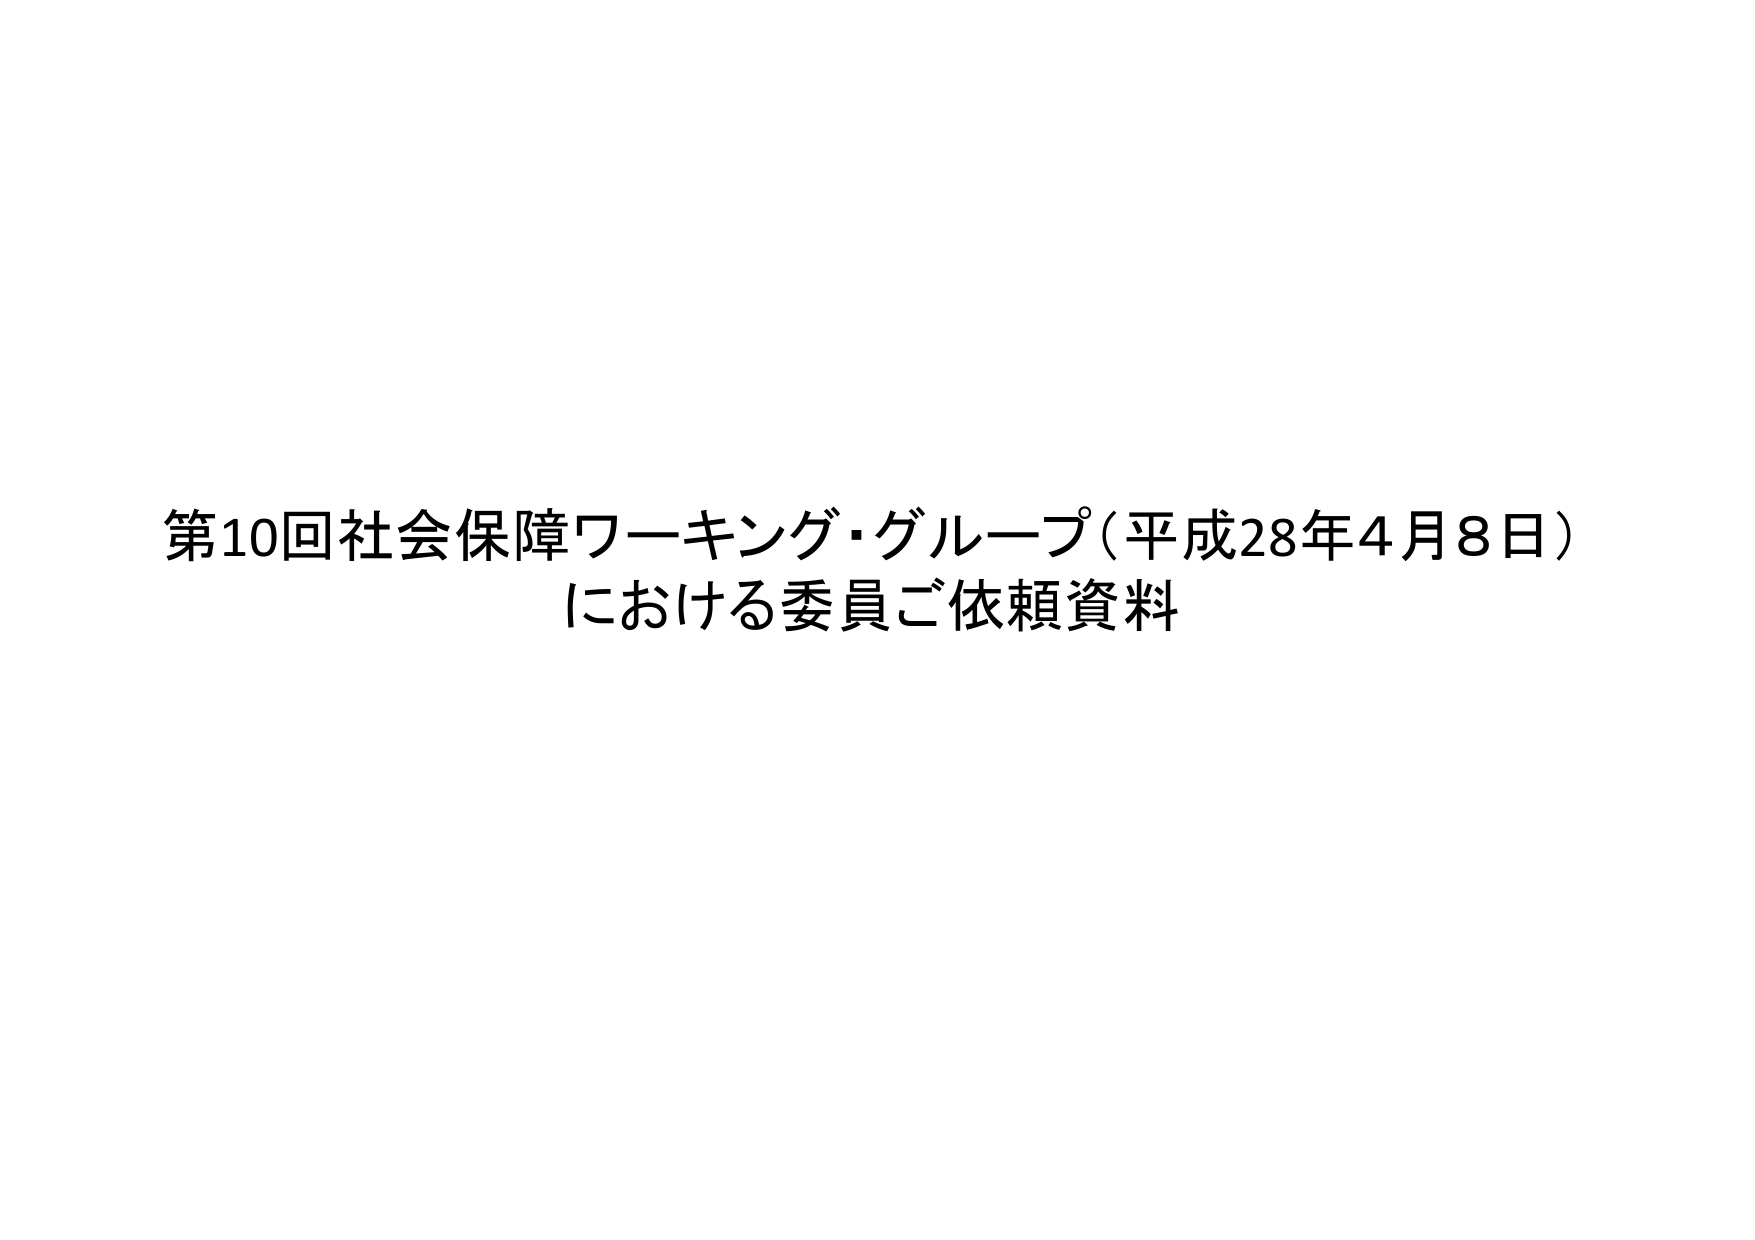
第10回社会保障ワーキング・グループ（平成28年4月8日）
における委員ご依頼資料